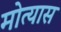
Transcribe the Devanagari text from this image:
मोत्यास